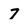
Character: 7